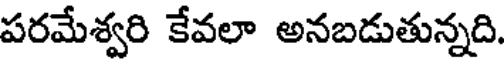
పరమేశ్వరి కేవలా అనబడుతున్నది